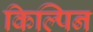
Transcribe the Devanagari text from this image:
किल्पिन